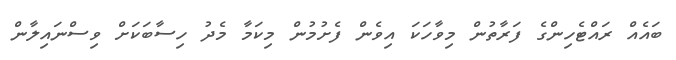
ބައެއް ރައްޓެހިންގެ ފަރާތުން މިވާހަކަ އިވެން ފެށުމުން މިކަމާ މެދު ހިސާބަކަށް ވިސްނައިލާން